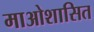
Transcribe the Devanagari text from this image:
माओशासित